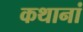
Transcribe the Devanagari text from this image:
कथानां